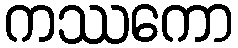
ကဿကော